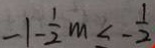
- 1 - \frac { 1 } { 2 } m \leq - \frac { 1 } { 2 }